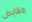
مقابض